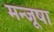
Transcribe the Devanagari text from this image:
मन्जूषा